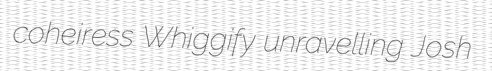
coheiress Whiggify unravelling Josh